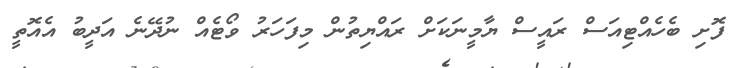
ފޮށި ބެހެއްޓިއަސް ރައީސް ޔާމީނަކަށް ރައްޔިތުން މިފަހަރު ވޯޓެއް ނުދޭނެ އަދީބު އެއޮތީ